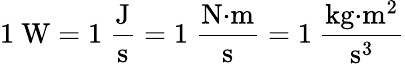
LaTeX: \mathrm{1~W=1~{\frac{J}{s}}=1~{\frac{N{\cdot}m}{s}}=1~{\frac{kg{\cdot}m^{2}}{s^{3}}}}